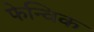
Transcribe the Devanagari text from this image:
फेन्विक